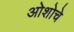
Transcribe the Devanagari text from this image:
ओशोचे